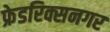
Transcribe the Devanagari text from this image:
फ्रेडरिक्सनगर